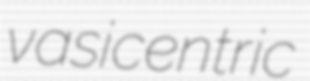
vasicentric